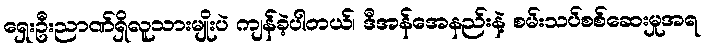
ရှေးဦးညာဏ်ရှိလူသားမျိုးပဲ ကျန်ခဲ့ပါတယ်၊ ဒီအန်အေနည်းနဲ့ စမ်းသပ်စစ်ဆေးမှုအရ